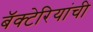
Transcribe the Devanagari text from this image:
बॅक्‍टेरियांची